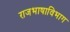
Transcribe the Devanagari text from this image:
राजभाषाविभाग